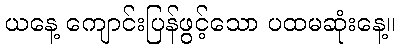
ယနေ့ ကျောင်းပြန်ဖွင့်သော ပထမဆုံးနေ့။